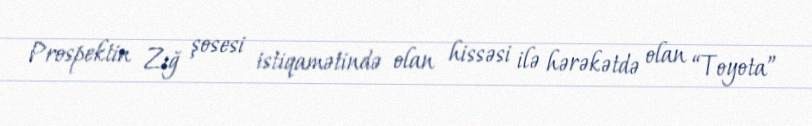
Prospektin Zığ şosesi istiqamətində olan hissəsi ilə hərəkətdə olan “Toyota”